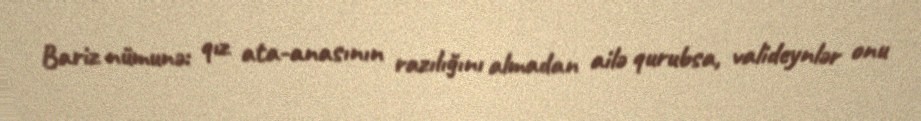
Bariz nümunə: qız ata-anasının razılığını almadan ailə qurubsa, valideynlər onu